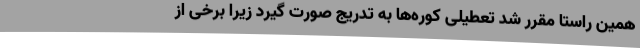
همین راستا مقرر شد تعطیلی کوره‌ها به تدریج صورت گیرد زیرا برخی از